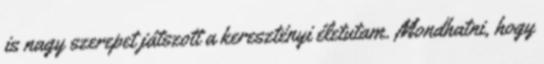
is nagy szerepet játszott a keresztényi életutam. Mondhatni, hogy